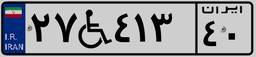
۲۷W۴۱۳۴۰